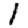
Digit: 1